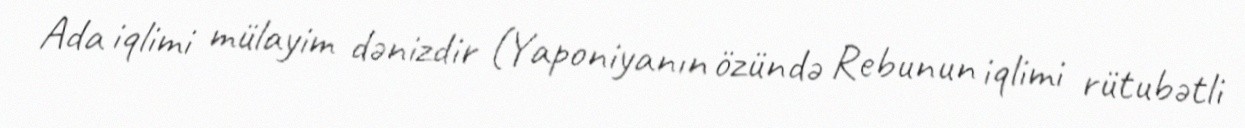
Ada iqlimi mülayim dənizdir (Yaponiyanın özündə Rebunun iqlimi rütubətli